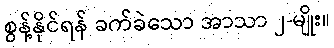
စွန့်နိုင်ရန် ခက်ခဲသော အာသာ ၂-မျိုး။